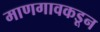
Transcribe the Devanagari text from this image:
माणगावकडून